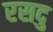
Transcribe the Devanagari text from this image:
रसदु